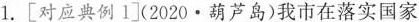
1. [ 对应典例 1 ](2020 · 葫芦岛)我市在落实国家